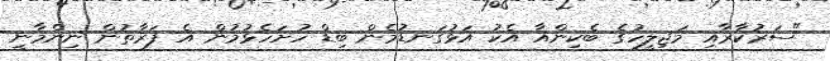
"ސަރުކާރާއި މަޖިލީހުގެ ބެކިންއާ އެކު އަޅުގަނޑުމެން ބިޑް ހުށަހެޅުމުން އެ ފަރާތުން ނިންމާނީ